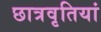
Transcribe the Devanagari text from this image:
छात्रवृतियां